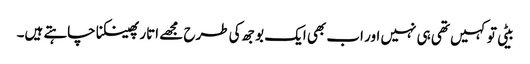
بیٹی تو کہیں تھی ہی نہیں اور اب بھی ایک بوجھ کی طرح مجھے اتار پھینکنا چاہتے ہیں۔